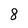
Character: 8